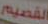
القصيم